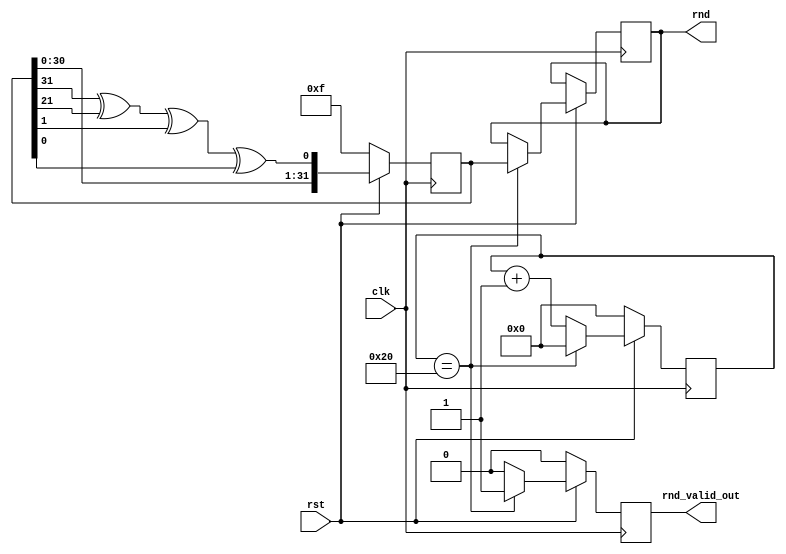
module LFSR (
    clk,
    rst,
    rnd_valid_out,
    rnd
    );

input clk;
input rst;
output rnd_valid_out;
output [31:0] rnd;

//reg [31:0] rnd;
wire [31:0] rnd;
reg 	[31:0]	fifo_data[15:0];
reg [3:0]	data_count;
reg [31:0] random, random_next, random_done;
reg [5:0] cnt, cnt_next; //to keep track of the shifts
wire fb = random[31] ^ random[21] ^ random[1] ^ random[0];
wire rnd_valid_out;
reg rnd_valid;
assign rnd_valid_out=rnd_valid;

always @(posedge clk)
begin
 	if (!rst)
 	begin
		//data_count<='d0;

		fifo_data[0]<='d526;
		fifo_data[1]<='d873;
		fifo_data[2]<='d137;
		fifo_data[3]<='d36;
		fifo_data[4]<='d432;
		fifo_data[5]<='d989;
		fifo_data[6]<='d566;
		fifo_data[7]<='d325;
		fifo_data[8]<='d23;
		fifo_data[9]<='d98;
		fifo_data[10]<='d900;
		fifo_data[11]<='d17;
		fifo_data[12]<='d691;
		fifo_data[13]<='d784;
		fifo_data[14]<='d3209;
		fifo_data[15]<='d321;
 	end
 	else
 	begin
		//data_count<=data_count+1;
		//rnd<=fifo_data[data_count];
 	end
end


always @ (posedge clk)
begin
 if (!rst)
 begin
  random <= 32'hF; //An LFSR cannot have an all 0 state, thus rst to FF
  cnt <= 0;
  rnd_valid<=1'b0;
  data_count<='d0;
 end

 else
 begin
  random <= random_next;
  cnt <= cnt_next;
  if (cnt == 32)
  begin
  cnt <= 0;
  rnd_valid<=1'b1;
  data_count<=data_count+1;
  random_done = random; //assign the random number to output after 32 shifts
  end
  else if(rnd_valid)
  	rnd_valid<=1'b0;
	 

 end
end

always @ (*)
begin
 random_next = random; //default state stays the same
 cnt_next = cnt;

  random_next = {random[30:0], fb}; //shift left the xor'd every posedge clk
  cnt_next = cnt + 1;

end


assign rnd = random_done;

endmodule